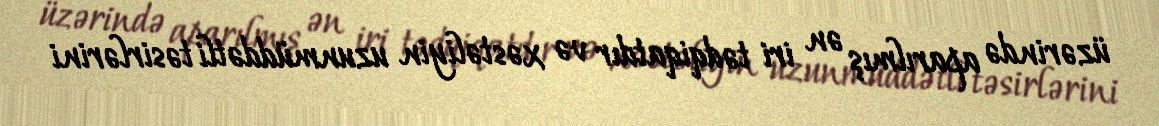
üzərində aparılmış ən iri tədqiqatdır və xəstəliyin uzunmüddətli təsirlərini